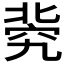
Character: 𥦚